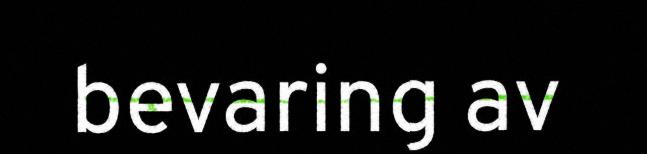
bevaring av